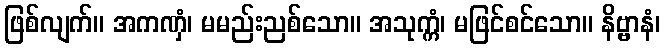
ဖြစ်လျက်။ အကဏှံ၊ မမည်းညစ်သော။ အသုက္ကံ၊ မဖြင်စင်သော။ နိဗ္ဗာနံ၊